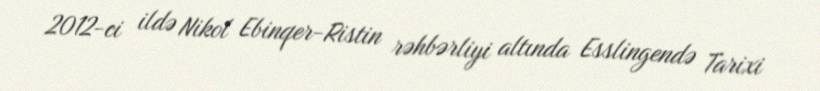
2012-ci ildə Nikol Ebinqer-Ristin rəhbərliyi altında Esslingendə Tarixi